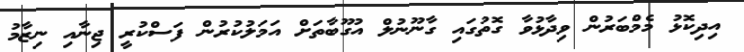
އިދިކޮޅު މެމްބަރުން ވިދާޅުވާ ގޮތުގައި ގާނޫނުލް އުގޫބާތަށް އަމަލުކުރުން ފަސްކުރީ ޖިނާއި ނިޒާމު